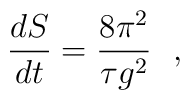
\frac{dS}{dt} = \frac{8 \pi^{2}}{\tau g^{2}}~~,